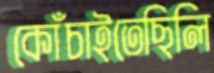
কোঁচাইতেছিলি